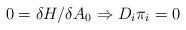
LaTeX: \begin{align*}0 = \delta H / \delta A_0 \Rightarrow D_i \pi_i = 0\end{align*}